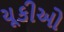
યૂકીઓ